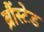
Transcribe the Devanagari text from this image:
ब्रौंस्टेड